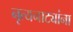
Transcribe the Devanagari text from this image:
नृत्यनाट्यांना